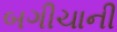
બગીચાની